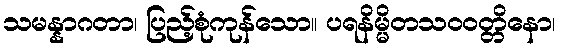
သမန္နာဂတာ၊ ပြည့်စုံကုန်သော။ ပရနိမ္မိတသဝဝတ္တိနော၊